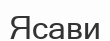
Ясави